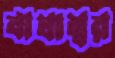
বাঘাম্বর